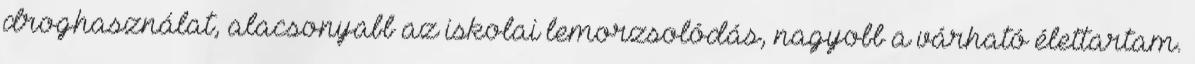
droghasználat, alacsonyabb az iskolai lemorzsolódás, nagyobb a várható élettartam.